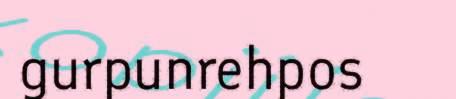
gurpunrehpos